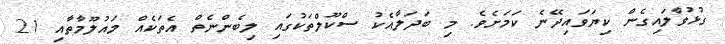
ގުޅުވާލައިގެން ކިޔަވައިދޭނެ ކަމަށެވެ. މި ބަދަލާއެކު ސްކޫލްތަކުގައި ލިބެންނެތް އެތަކެއް މައުލޫމާތާއި 21